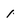
Character: l